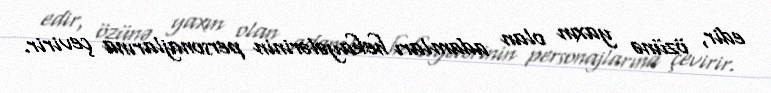
edir, özünə yaxın olan adamları hekayələrinin personajlarına çevirir.